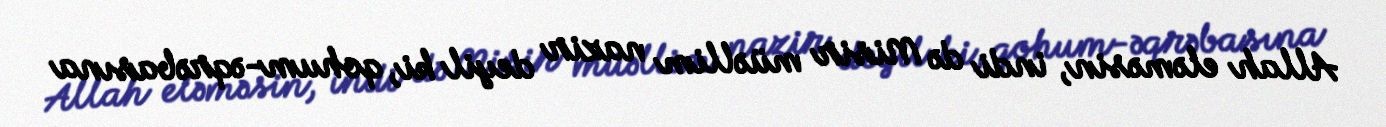
Allah eləməsin, indi də Misir müəllim nazir deyil ki, qohum-əqrəbasına